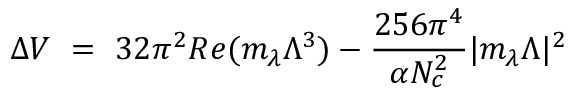
\Delta V ~ = ~ 3 2 \pi ^ { 2 } R e ( m _ { \lambda } \Lambda ^ { 3 } ) - { \frac { 2 5 6 \pi ^ { 4 } } { \alpha N _ { c } ^ { 2 } } } | m _ { \lambda } \Lambda | ^ { 2 }